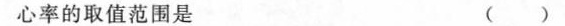
心率的取值范围是 ( )